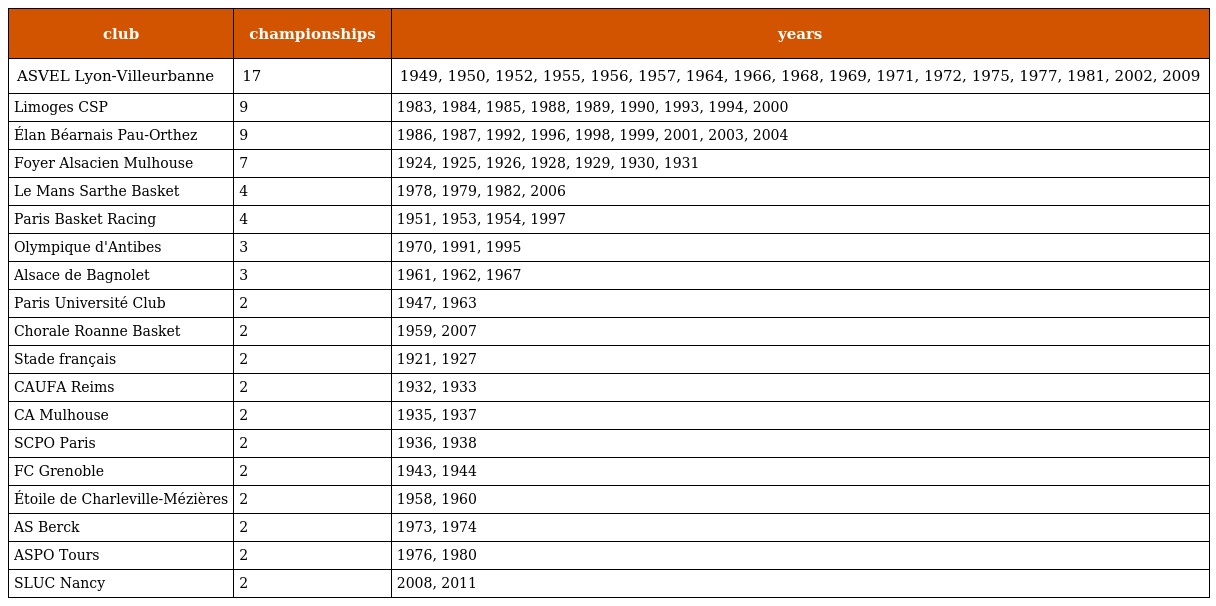
| club | championships | years |
 | --- | --- | --- |
 | ASVEL Lyon-Villeurbanne | 17 | 1949, 1950, 1952, 1955, 1956, 1957, 1964, 1966, 1968, 1969, 1971, 1972, 1975, 1977, 1981, 2002, 2009 |
 | Limoges CSP | 9 | 1983, 1984, 1985, 1988, 1989, 1990, 1993, 1994, 2000 |
 | Élan Béarnais Pau-Orthez | 9 | 1986, 1987, 1992, 1996, 1998, 1999, 2001, 2003, 2004 |
 | Foyer Alsacien Mulhouse | 7 | 1924, 1925, 1926, 1928, 1929, 1930, 1931 |
 | Le Mans Sarthe Basket | 4 | 1978, 1979, 1982, 2006 |
 | Paris Basket Racing | 4 | 1951, 1953, 1954, 1997 |
 | Olympique d'Antibes | 3 | 1970, 1991, 1995 |
 | Alsace de Bagnolet | 3 | 1961, 1962, 1967 |
 | Paris Université Club | 2 | 1947, 1963 |
 | Chorale Roanne Basket | 2 | 1959, 2007 |
 | Stade français | 2 | 1921, 1927 |
 | CAUFA Reims | 2 | 1932, 1933 |
 | CA Mulhouse | 2 | 1935, 1937 |
 | SCPO Paris | 2 | 1936, 1938 |
 | FC Grenoble | 2 | 1943, 1944 |
 | Étoile de Charleville-Mézières | 2 | 1958, 1960 |
 | AS Berck | 2 | 1973, 1974 |
 | ASPO Tours | 2 | 1976, 1980 |
 | SLUC Nancy | 2 | 2008, 2011 |